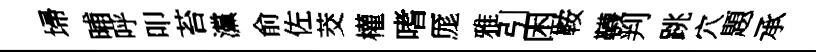
埽晡呼叩苔灙俞佐茭權嗜厖雅引困鞍韈判跳穴題承